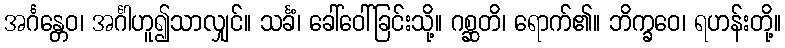
အင်္ဂန္တေဝ၊ အင်္ဂါဟူ၍သာလျှင်။ သင်္ခံ၊ ခေါ်ဝေါ်ခြင်းသို့။ ဂစ္ဆတိ၊ ရောက်၏။ ဘိက္ခဝေ၊ ရဟန်းတို့။